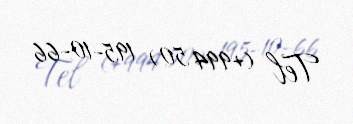
Tel (+994 50) 195-10-66